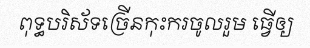
ពុទ្ធបរិស័ទច្រើនកុះករចូលរួម ធ្វើឲ្យ